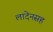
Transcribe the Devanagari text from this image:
लादेनसह